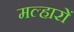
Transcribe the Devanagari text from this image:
मल्हारों